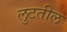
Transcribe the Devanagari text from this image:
लुटतील